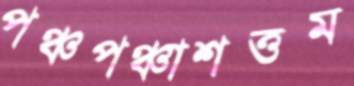
পঞ্চপঞ্চাশত্তম